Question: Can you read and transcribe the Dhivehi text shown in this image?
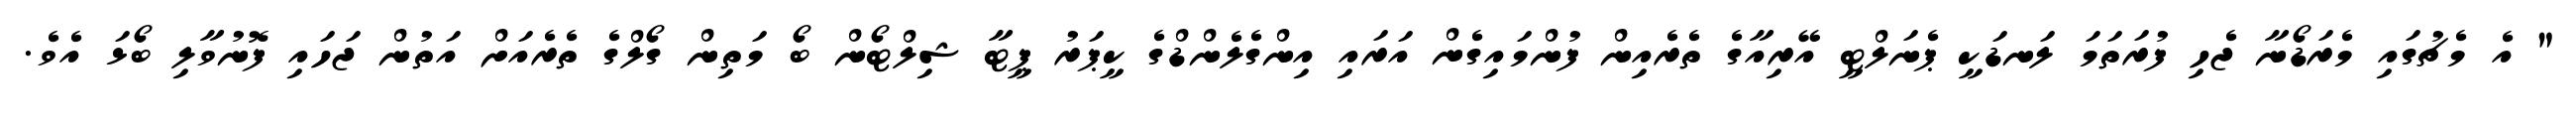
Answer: " އެ މެޗުގައި މެރަޑޯނާ ޖެހި ފުރަތަމަ ލަނޑަކީ ޕެނަލްޓީ އޭރިއާގެ ތެރެއިން ފުންމައިގެން އަރައި އިންގެލެންޑްގެ ކީޕަރު ޕީޓާ ޝިލްޓޯން ބޯ މަތިން ގޯލްގެ ތެރެއަށް އަތުން ޖަހައި ފޮނުވާލި ބޯޅަ އެވެ.